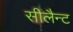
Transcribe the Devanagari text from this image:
सीलैन्ट